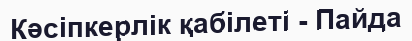
Кәсіпкерлік қабілеті - Пайда